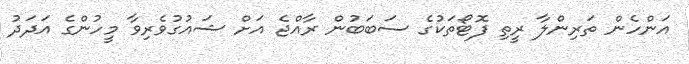
އަންހެން ތަރިންލާ ރީތި ފޮޓޯތަކުގެ ސަބަބުން ރާއްޖެ އަށް ޝައުގުވެރިވާ މީހުންގެ އަދަދު